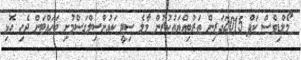
މޯލްޑިވްސް ކަޕް 2015ދަރިން ތަރުބިއްޔަތުކުރުން މާލެ ސިޓީ ކައުންސިލްގަސްމުށި ބަހައްޓަން ޖެހި ހޮޅި